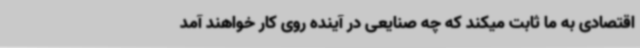
اقتصادی به ما ثابت میکند که چه صنایعی در آینده روی کار خواهند آمد